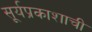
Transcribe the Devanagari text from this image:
सूर्यप्रकाशाची